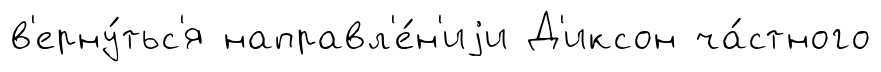
в'ерну́тьс'я направл'е́н'иjи Д'иксон ча́стного